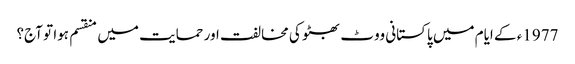
1977ء کے ایام میں پاکستانی ووٹ بھٹو کی مخالفت اور حمایت میں منقسم ہوا تو آج؟